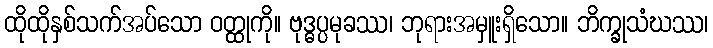
ထိုထိုနှစ်သက်အပ်သော ဝတ္ထုကို။ ဗုဒ္ဓပ္ပမုခဿ၊ ဘုရားအမှူးရှိသော။ ဘိက္ခုသံဃဿ၊